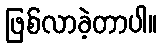
ဖြစ်လာခဲ့တာပါ။